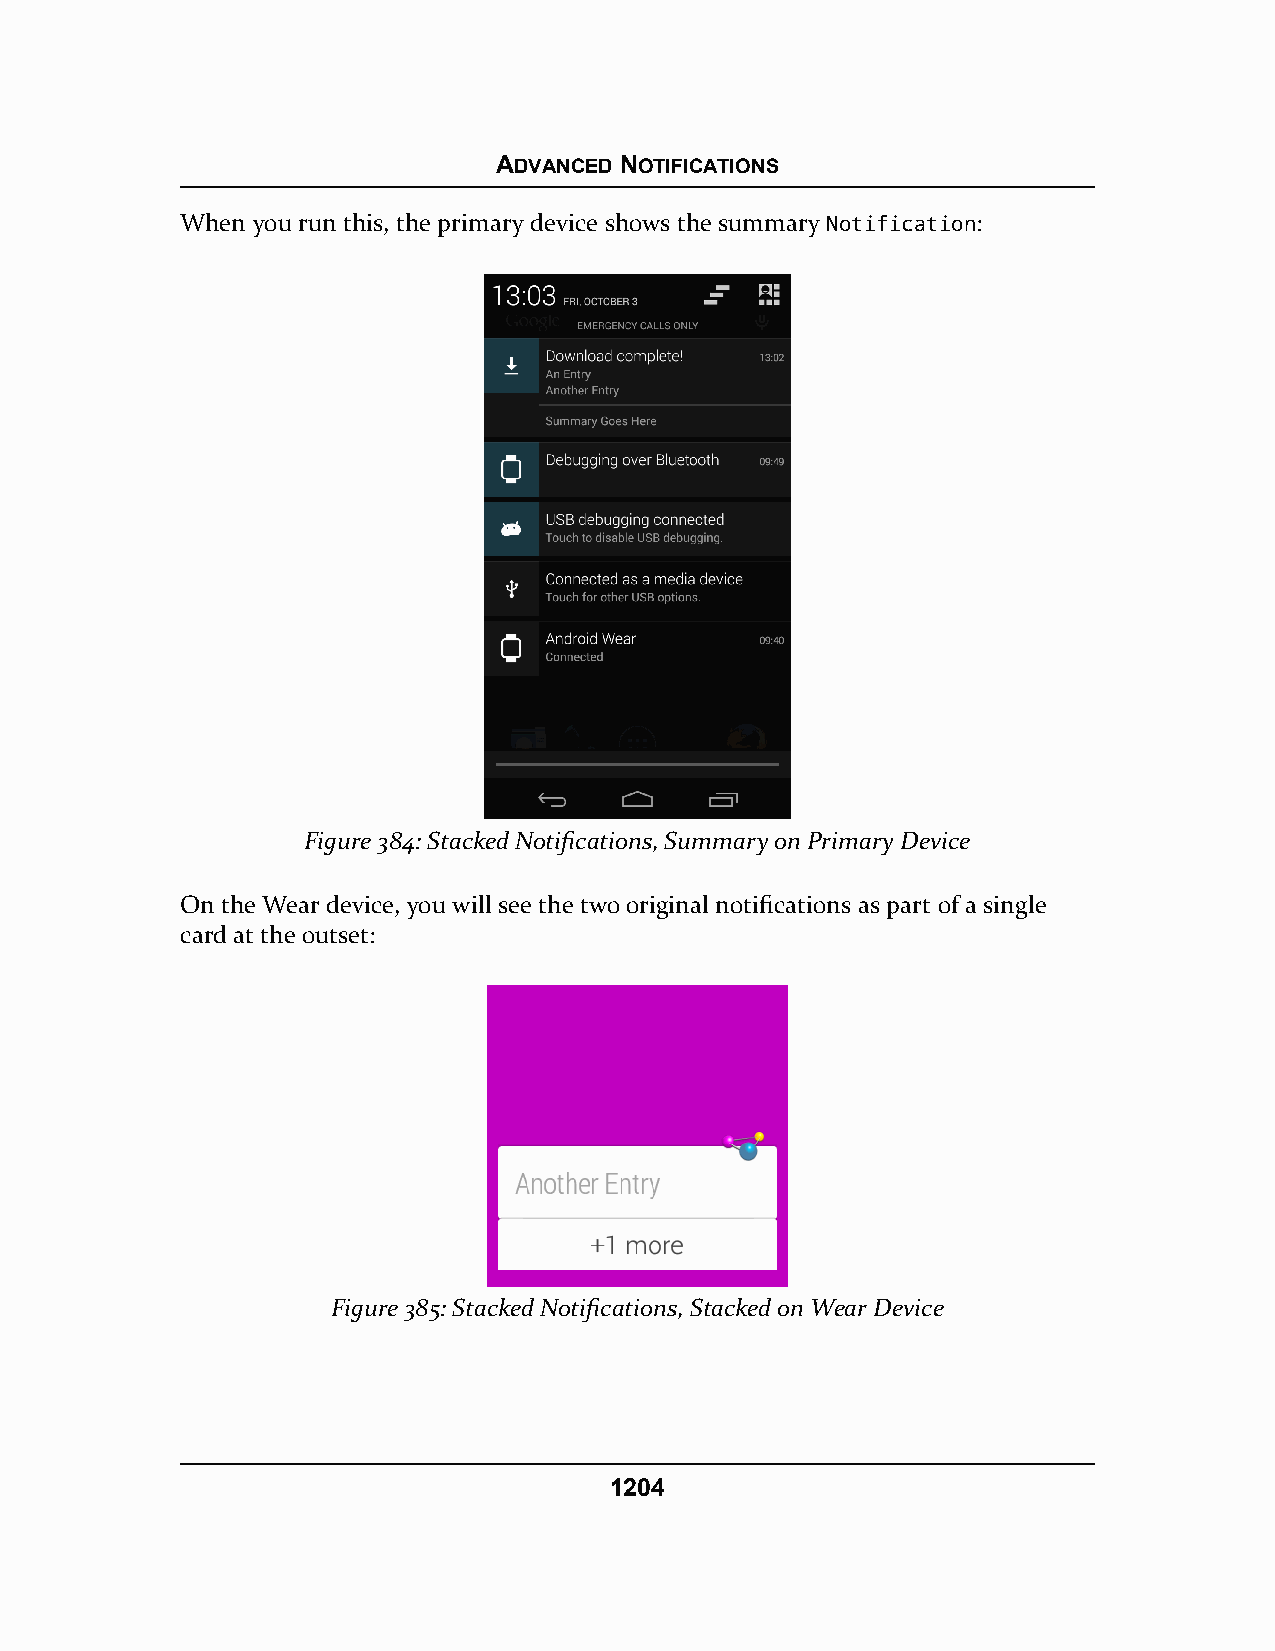
ADVANCED NOTIFICATIONS
 When you run this, the primary device shows the summary Notification:
 Figure 384: Stacked Notifications, Summary on Primary Device
 On the Wear device, you will see the two original notifications as part of a single
 card at the outset:
 Figure 385: Stacked Notifications, Stacked on Wear Device
 1204